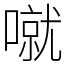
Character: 噈